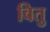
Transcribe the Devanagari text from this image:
वितु